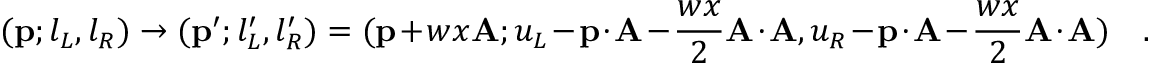
( { \bf p } ; l _ { L } , l _ { R } ) \to ( { \bf p } ^ { \prime } ; l _ { L } ^ { \prime } , l _ { R } ^ { \prime } ) = ( { \bf p } + w x { \bf A } ; u _ { L } - { \bf p } \cdot { \bf A } - { \frac { w x } { 2 } } { \bf A } \cdot { \bf A } , u _ { R } - { \bf p } \cdot { \bf A } - { \frac { w x } { 2 } } { \bf A } \cdot { \bf A } ) \quad .